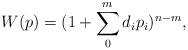
LaTeX: \begin{align*}W(p)= (1+\sum_0^{m} d_ip_i)^{n-m}, \end{align*}